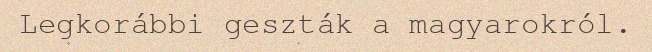
Legkorábbi geszták a magyarokról.